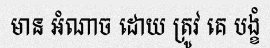
មាន អំណាច ដោយ ត្រូវ គេ បង្ខំ